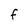
Character: f